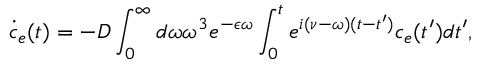
\dot { c } _ { e } ( t ) = - D \int _ { 0 } ^ { \infty } d \omega \omega ^ { 3 } e ^ { - \epsilon \omega } \int _ { 0 } ^ { t } e ^ { i ( \nu - \omega ) ( t - t ^ { \prime } ) } c _ { e } ( t ^ { \prime } ) d t ^ { \prime } ,